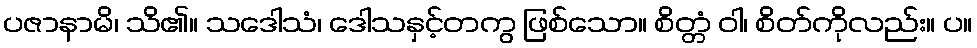
ပဇာနာမိ၊ သိ၏။ သဒေါသံ၊ ဒေါသနှင့်တကွ ဖြစ်သော။ စိတ္တံ ဝါ၊ စိတ်ကိုလည်း။ ပ။